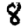
Digit: 8